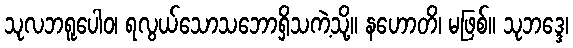
သုလဘရူပေါဝ၊ ရလွယ်သောသဘောရှိသကဲ့သို့။ နဟောတိ၊ မဖြစ်။ သုဘဒ္ဒေ၊